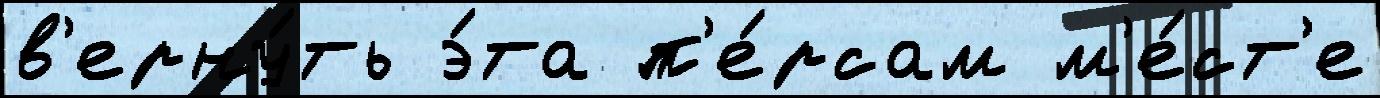
в'ерну́ть э́та п'е́рсам м'е́ст'е